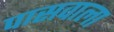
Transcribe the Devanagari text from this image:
पासवाला